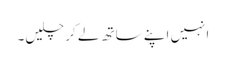
انہیں اپنے ساتھ لے کر چلیں۔